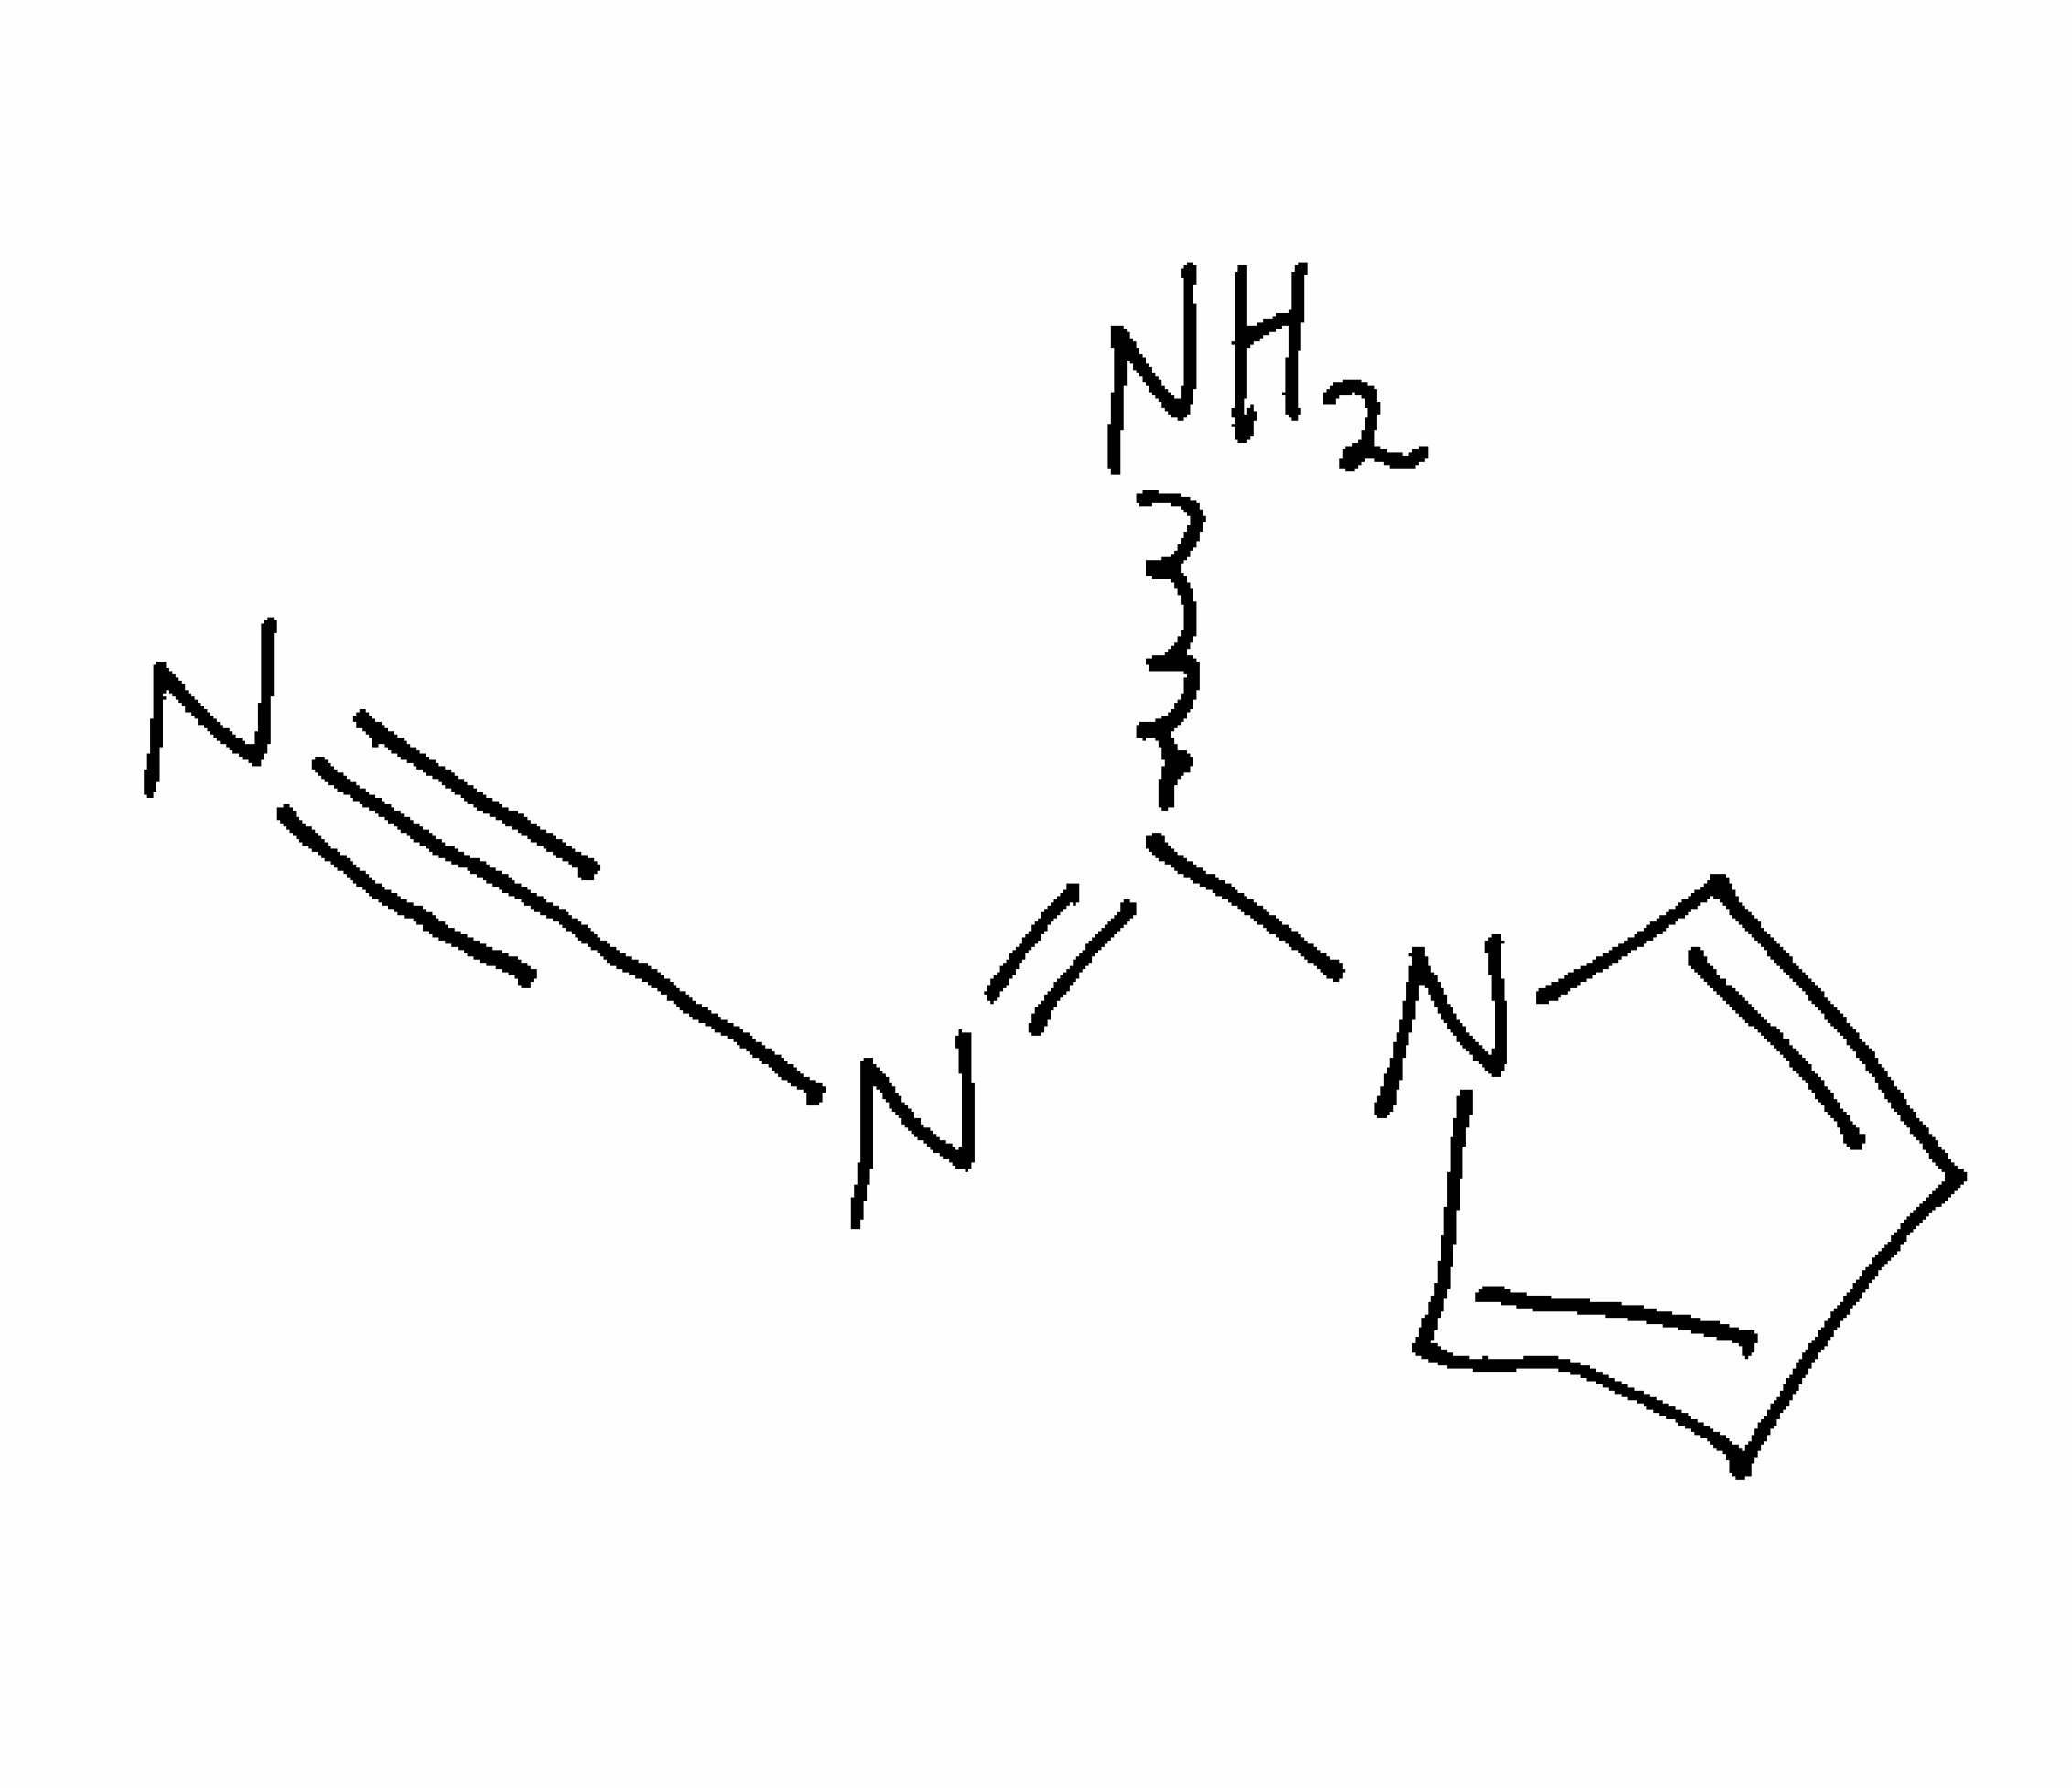
Simplified molecular-input line-entry system (SMILES) notation of the given molecule:
C1=CN(C=C1)C(=NC#N)N